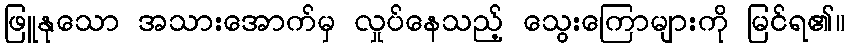
ဖြူနုသော အသားအောက်မှ လှုပ်နေသည့် သွေးကြောများကို မြင်ရ၏။